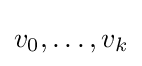
v_{0},\ldots ,v_{k}